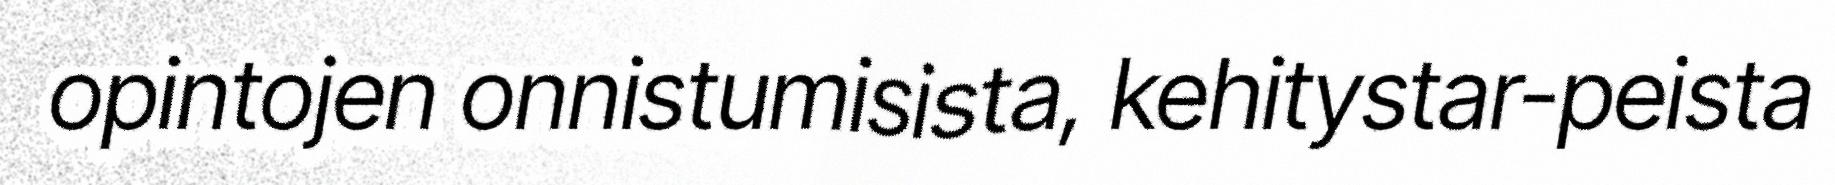
opintojen onnistumisista, kehitystar-peista